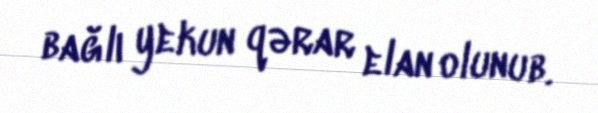
bağlı yekun qərar elan olunub.